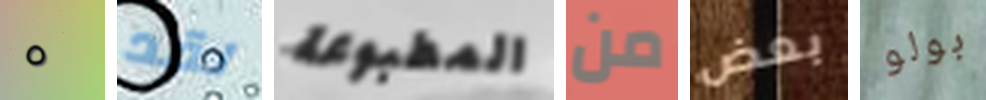
٥ لقد المطبوعة من بعض بولو